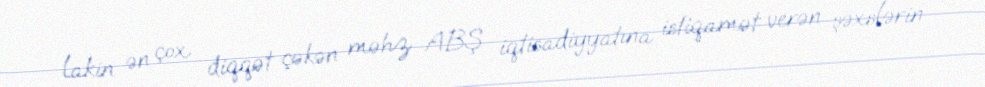
lakin ən çox diqqət çəkən məhz ABŞ iqtisadiyyatına istiqamət verən şəxslərin